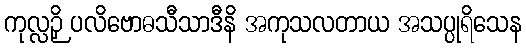
ကုလ္လဉှိ ပလိဗောဓသီသာဒီနိ အကုသလတာယ အသပ္ပုရိသေန